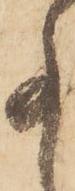
事